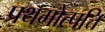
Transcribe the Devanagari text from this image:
प्रथमोत्पत्ति